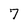
Character: 7